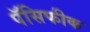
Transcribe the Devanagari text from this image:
पॅसिफीक